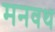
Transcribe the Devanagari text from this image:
मनवथ